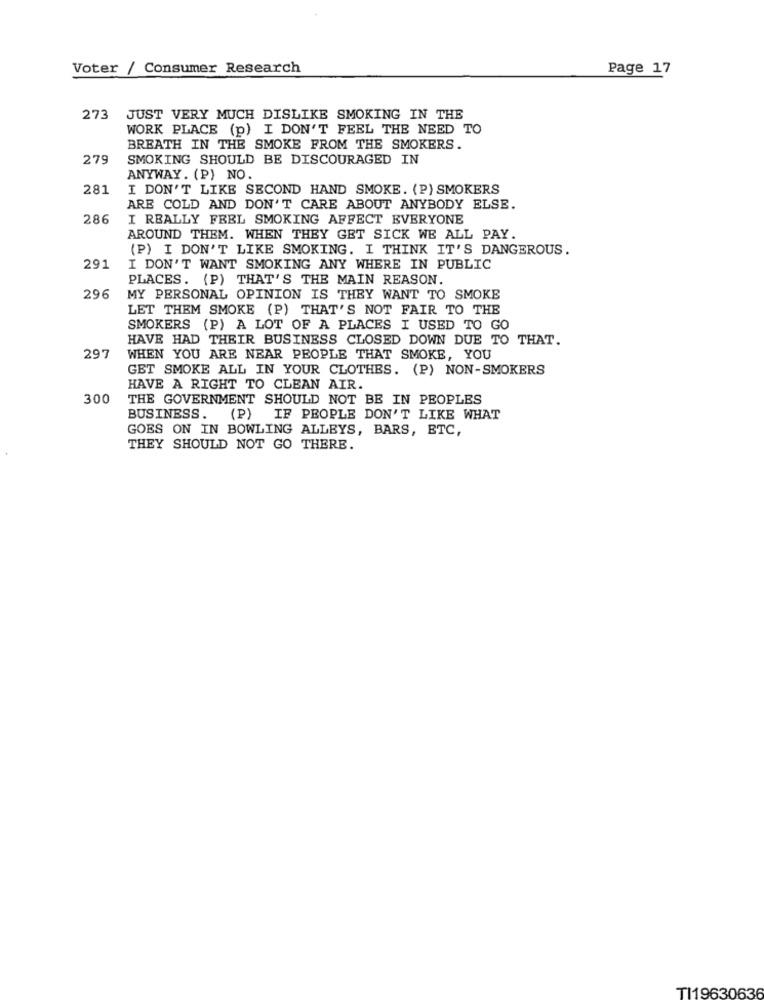
Voter / Consumer Research
Page 17
273
JUST VERY MUCH DISLIKE SMOKING IN THE
WORK PLACE (p) I DON'T FEEL THE NEED TO
BREATH IN THE SMOKE FROM THE SMOKERS.
279
SMOKING SHOULD BE DISCOURAGED IN
ANYWAY. (P) NO.
281
I DON'T LIKE SECOND HAND SMOKE. (P) SMOKERS
ARE COLD AND DON'T CARE ABOUT ANYBODY ELSE.
286
I REALLY FEEL SMOKING AFFECT EVERYONE
AROUND THEM. WHEN THEY GET SICK WE ALL PAY.
(P) I DON'T LIKE SMOKING. I THINK IT'S DANGEROUS.
291
I DON'T WANT SMOKING ANY WHERE IN PUBLIC
PLACES. (P) THAT'S THE MAIN REASON.
296
MY PERSONAL OPINION IS THEY WANT TO SMOKE
LET THEM SMOKE (P) THAT'S NOT FAIR TO THE
SMOKERS (P) A LOT OF A PLACES I USED TO GO
HAVE HAD THEIR BUSINESS CLOSED DOWN DUE TO THAT.
297
WHEN YOU ARE NEAR PEOPLE THAT SMOKE, YOU
GET SMOKE ALL IN YOUR CLOTHES. (P) NON-SMOKERS
HAVE A RIGHT TO CLEAN AIR.
300
THE GOVERNMENT SHOULD NOT BE IN PEOPLES
BUSINESS.
(P) IF PEOPLE DON'T LIKE WHAT
GOES ON IN BOWLING ALLEYS, BARS, ETC,
THEY SHOULD NOT GO THERE.
TI19630636